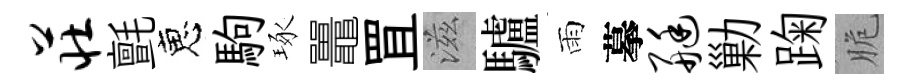
庄氈恵駒琢鼉罝滋驢雨摹艇勦踘脆